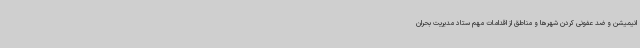
انیمیشن و ضد عفونی کردن شهرها و مناطق از اقدامات مهم ستاد مدیریت بحران